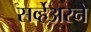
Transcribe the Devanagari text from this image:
सर्व्हेअरने